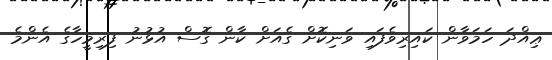
ޢިއްދަ ހަމަވާން ކައިރިވެފައި ވަނިކޮށް ގެއަށް ކާން ގޮސް އުޅުނު ފިރިމީހާގެ އެންމެ